Schemes for the provision of education (Education (Scotland) Act, 1918, section 6), 1918
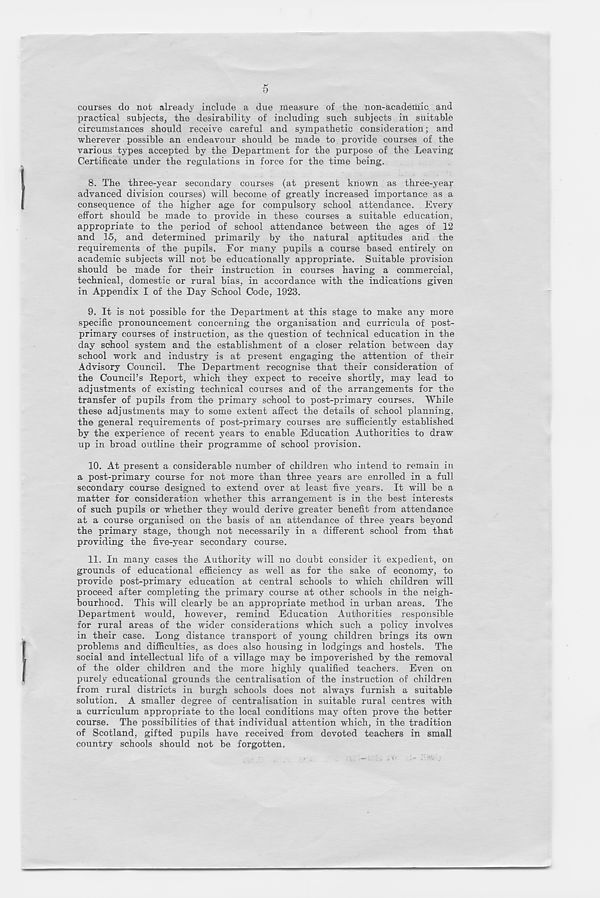
courses do not already include a due measure of the non-academic and
practical subjects, the desirability of including such subjects in suitable
circumstances should receive careful and sympathetic consideration; and
wherever possible an endeavour should be made to provide courses of the
various types accepted by the Department for the purpose of the Leaving
Certificate under the regulations in force for the time being.
8. The three-year secondary courses (at present known as three-year
advanced division courses) will become of greatly increased importance as a
consequence of the higher age for compulsory school attendance. Every
effort should be made to provide in these courses a suitable education,
appropriate to the period of school attendance between the ages of 12
and 15, and determined primarily by the natural aptitudes and the
requirements of the pupils. For many pupils a course based entirely on
academic subjects will not be educationally appropriate. Suitable provision
should be made for their instruction in courses having a commercial,
technical, domestic or rural bias, in accordance with the indications given
in Appendix I of the Day School Code, 1923.
9. It is not possible for the Department at this stage to make any more
specific pronouncement concerning the organisation and curricula of post-
primary courses of instruction, as the question of technical education in the
day school system and the establishment of a closer relation between day
school work and industry is at present engaging the attention of their
Advisory Council. The Department recognise that their consideration of
the Council’s Report, which they expect to receive shortly, may lead to
adjustments of existing technical courses and of the arrangements for the
transfer of pupils from the primary school to post-primary courses. While
these adjustments may to some extent affect the details of school planning,
the general requirements of post-primary courses are sufficiently established
by the experience of recent years to enable Education Authorities to draw
up in broad outline their programme of school provision.
10. At present a considerable number of children who intend to remain in
a post-primary course for not more than three years are enrolled in a full
secondary course designed to extend over at least five years. It will be a
matter for consideration whether this arrangement is in the best interests
of such pupils or whether they would derive greater benefit from attendance
at a course organised on the basis of an attendance of three years beyond
the primary stage, though not necessarily in a different school from that
providing the five-year secondary course.
11. In many cases the Authority will no doubt consider it expedient, on
grounds of educational efficiency as well as for the sake of economy, to
provide post-primary education at central schools to which children will
proceed after completing the primary course at other schools in the neigh-
bourhood. This will clearly be an appropriate method in urban areas. The
Department would, however, remind Education Authorities responsible
for rural areas of the wider considerations which such a policy involves
in their case. Long distance transport of young children brings its own
problems and difficulties, as does also housing in lodgings and hostels. The
social and intellectual life of a village may be impoverished by the removal
of the older children and the more highly qualified teachers. Even on
purely educational grounds the centralisation of the instruction of children
from rural districts in burgh schools does not always furnish a suitable
solution. A smaller degree of centralisation in suitable rural centres with
a curriculum appropriate to the local conditions may often prove the better
course. The possibilities of that individual attention which, in the tradition
of Scotland, gifted pupils have received from devoted teachers in small
country schools should not be forgotten.